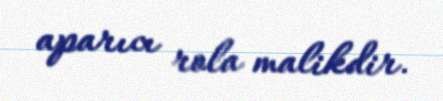
aparıcı rola malikdir.